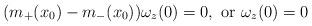
LaTeX: \begin{align*}(m_+(x_0)-m_-(x_0))\omega_z(0)=0,\ \mbox{or}\ \omega_z(0)=0\end{align*}